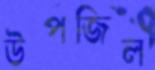
উপজিল